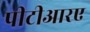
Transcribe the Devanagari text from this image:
पीटीआरए